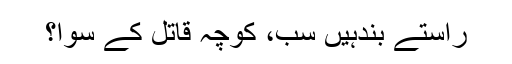
راستے بندہیں سب، کوچہ قاتل کے سوا؟